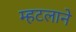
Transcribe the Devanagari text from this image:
म्हटलाने